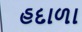
હદાળા